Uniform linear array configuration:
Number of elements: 4
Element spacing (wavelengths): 1
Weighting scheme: blackman
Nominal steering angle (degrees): -30
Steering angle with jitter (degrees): -29.369
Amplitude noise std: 0.05
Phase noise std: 0.05

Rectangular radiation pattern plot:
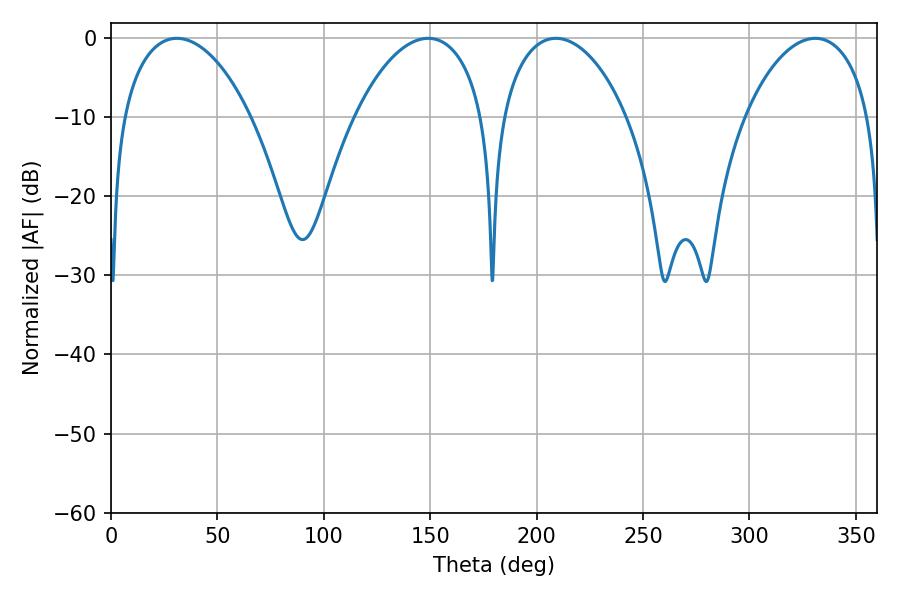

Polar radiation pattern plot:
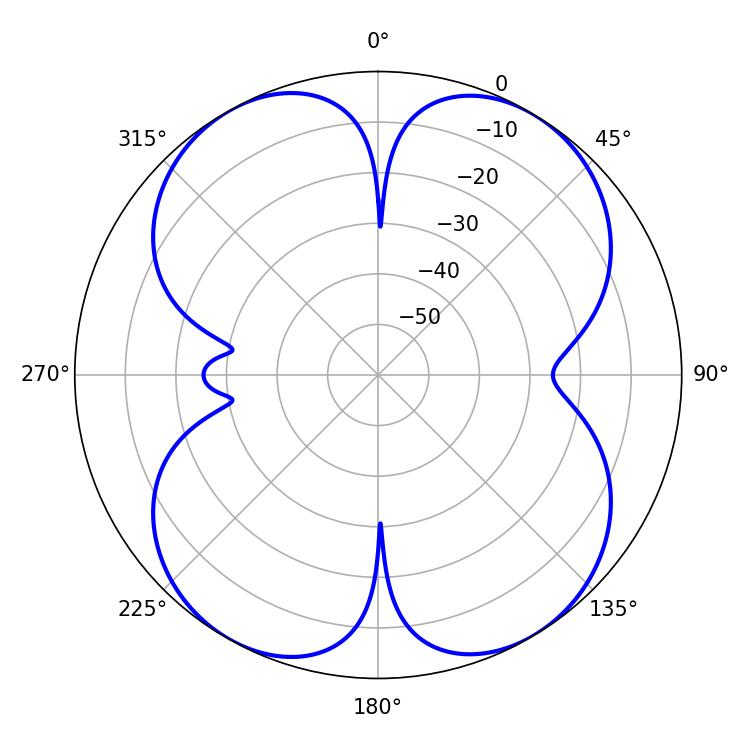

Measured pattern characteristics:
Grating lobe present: TRUE
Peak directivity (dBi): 15.255
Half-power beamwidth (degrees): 34.2
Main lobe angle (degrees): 30.96